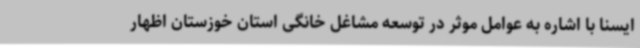
ایسنا با اشاره به عوامل موثر در توسعه مشاغل خانگی استان خوزستان اظهار